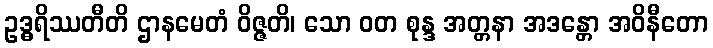
ဥဒ္ဓရိဿတီတိ ဌာနမေတံ ဝိဇ္ဇတိ၊ သော ဝတ စုန္ဒ အတ္တနာ အဒန္တော အဝိနီတော